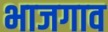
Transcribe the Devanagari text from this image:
भाजगाव